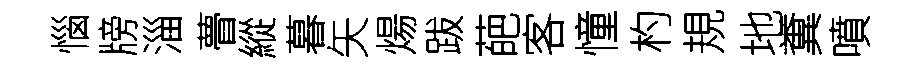
惱牓淄瞢縱暮矢煬跋葩客憧杓規地糞噴